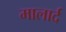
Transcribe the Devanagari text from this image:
मालार्द